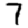
Digit: 7